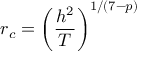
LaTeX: r _ { c } = \left( \frac { h ^ { 2 } } { T } \right) ^ { 1 / ( 7 - p ) }